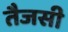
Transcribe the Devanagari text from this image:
तैजसी